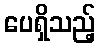
ပေရှိသည့်